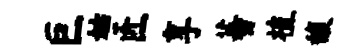
巨姑匠享蕃植馥